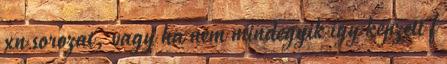
xn sorozat, vagy ha nem mindegyik így képzett f